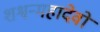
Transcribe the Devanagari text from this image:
शश्वन्महादेवो